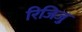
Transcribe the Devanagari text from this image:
रिजिजु